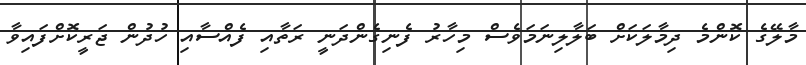
މާލޭގެ ކޮންމެ ދިމާލަކަށް ބަލާލިނަމަވެސް މިހާރު ފެނިގެންދަނީ ރަތާއި ފެއްސާއި ހުދުން ޖަރީކޮށްފައިވާ